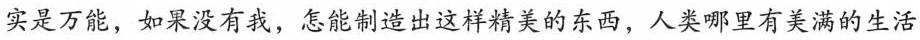
实是万能，如果没有我，怎能制造出这样精美的东西，人类哪里有美满的生活